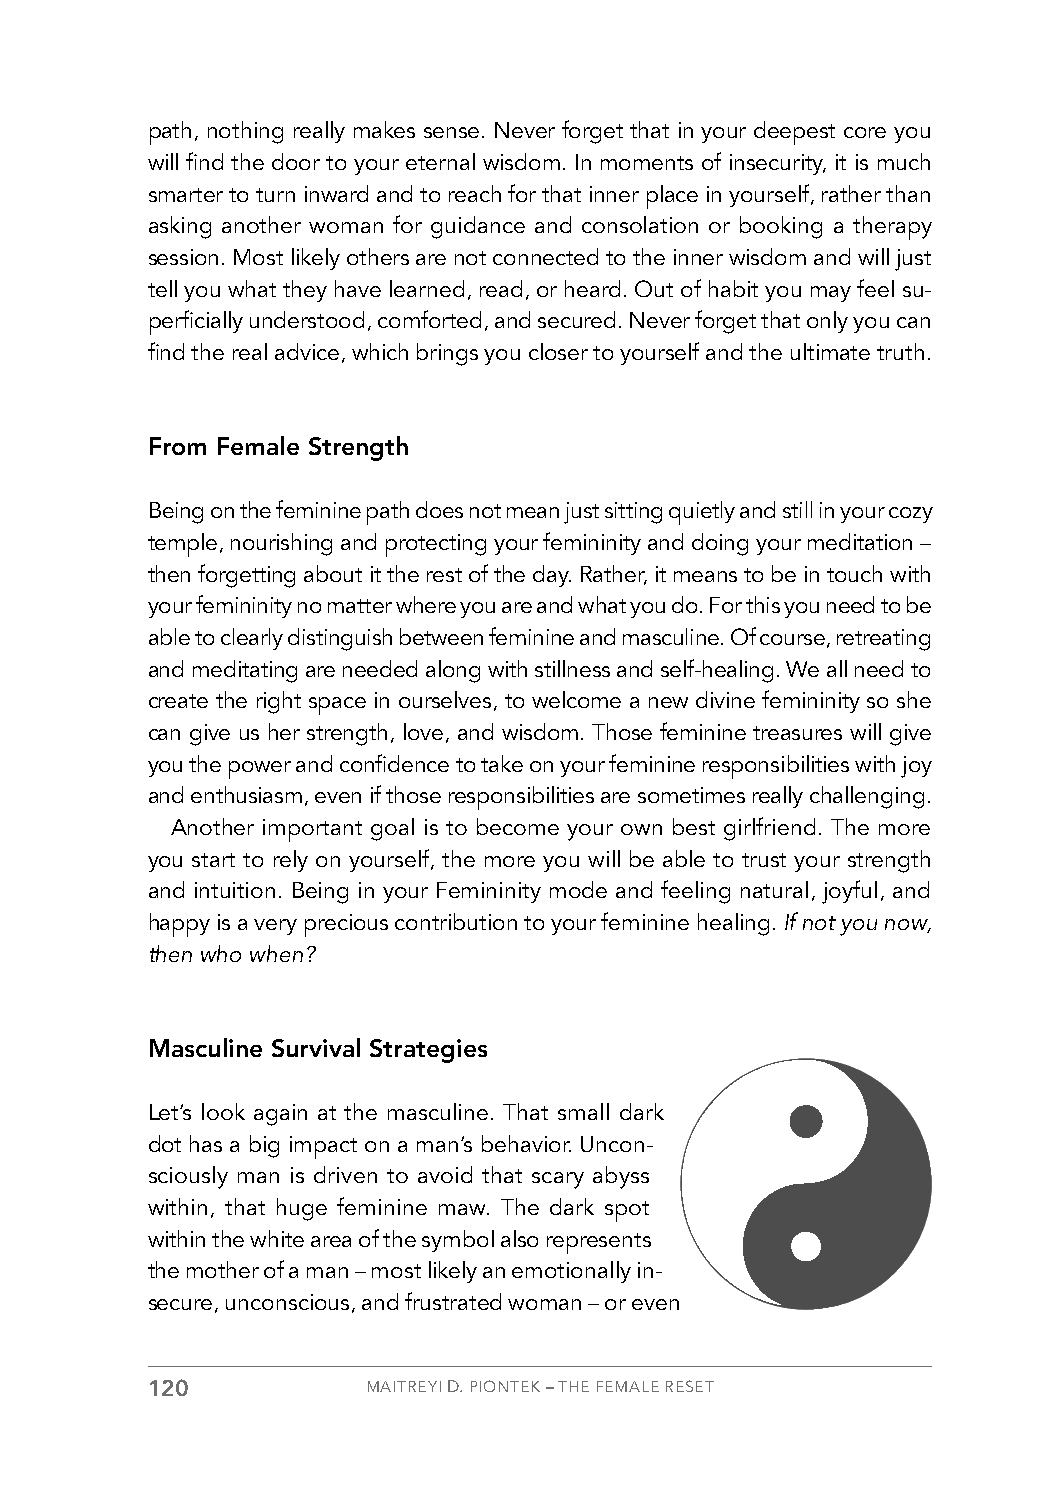
path, nothing really makes sense. Never forget that in your deepest core you
 will find the door to your eternal wisdom. In moments of insecurity, it is much
 smarter to turn inward and to reach for that inner place in yourself, rather than
 asking another woman for guidance and consolation or booking a therapy
 session. Most likely others are not connected to the inner wisdom and will just
 tell you what they have learned, read, or heard. Out of habit you may feel su-
 perficially understood, comforted, and secured. Never forget that only you can
 find the real advice, which brings you closer to yourself and the ultimate truth.
 From Female Strength
 Being on the feminine path does not mean just sitting quietly and still in your cozy
 temple, nourishing and protecting your femininity and doing your meditation –
 then forgetting about it the rest of the day. Rather, it means to be in touch with
 your femininity no matter where you are and what you do. For this you need to be
 able to clearly distinguish between feminine and masculine. Of course, retreating
 and meditating are needed along with stillness and self-healing. We all need to
 create the right space in ourselves, to welcome a new divine femininity so she
 can give us her strength, love, and wisdom. Those feminine treasures will give
 you the power and confidence to take on your feminine responsibilities with joy
 and enthusiasm, even if those responsibilities are sometimes really challenging.
 Another important goal is to become your own best girlfriend. The more
 you start to rely on yourself, the more you will be able to trust your strength
 and intuition. Being in your Femininity mode and feeling natural, joyful, and
 happy is a very precious contribution to your feminine healing. If not you now,
 then who when?
 Masculine Survival Strategies
 Let’s look again at the masculine. That small dark
 dot has a big impact on a man’s behavior. Uncon-
 sciously man is driven to avoid that scary abyss
 within, that huge feminine maw. The dark spot
 within the white area of the symbol also represents
 the mother of a man – most likely an emotionally in-
 secure, unconscious, and frustrated woman – or even
 120           MAITREYI D. PIONTEK – THE FEMALE RESET